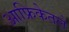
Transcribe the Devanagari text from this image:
आफ्रिकेतले